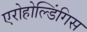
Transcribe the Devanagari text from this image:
एरोहोल्डिंगिस